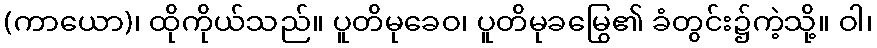
(ကာယော)၊ ထိုကိုယ်သည်။ ပူတိမုခေဝ၊ ပူတိမုခမြွေ၏ ခံတွင်း၌ကဲ့သို့။ ဝါ၊